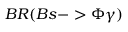
B R ( B s - > \Phi \gamma )